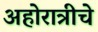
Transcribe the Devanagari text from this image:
अहोरात्रीचे